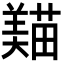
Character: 𦏒